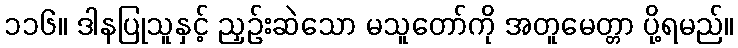
၁၁၆။ ဒါနပြုသူနှင့် ညှဉ်းဆဲသော မသူတော်ကို အတူမေတ္တာ ပို့ရမည်။